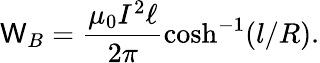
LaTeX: \mathsf{W}_{B}=\frac{{\mu_{0}I^{2}\ell}}{{2\pi}}\cosh^{-1}(l/R).